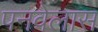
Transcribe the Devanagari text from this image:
पनवेलास